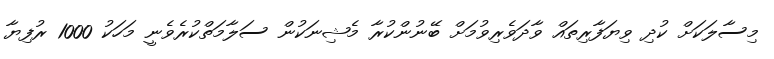
މިސާލަކަށް ކުދި ވިޔަފާރިތައް ވާދަވެރިވުމަށް ބޭނުންކުރާ މެޝިނަކުން ސަލާމަތްކުރެވެނީ މަހަކު 1000 ރުފިޔާ